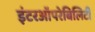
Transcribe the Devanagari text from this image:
इंटरऑपरेबिलिटी